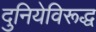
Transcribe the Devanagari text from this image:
दुनियेविरूद्ध